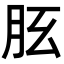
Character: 𦙘